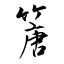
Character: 篖